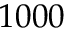
1 0 0 0